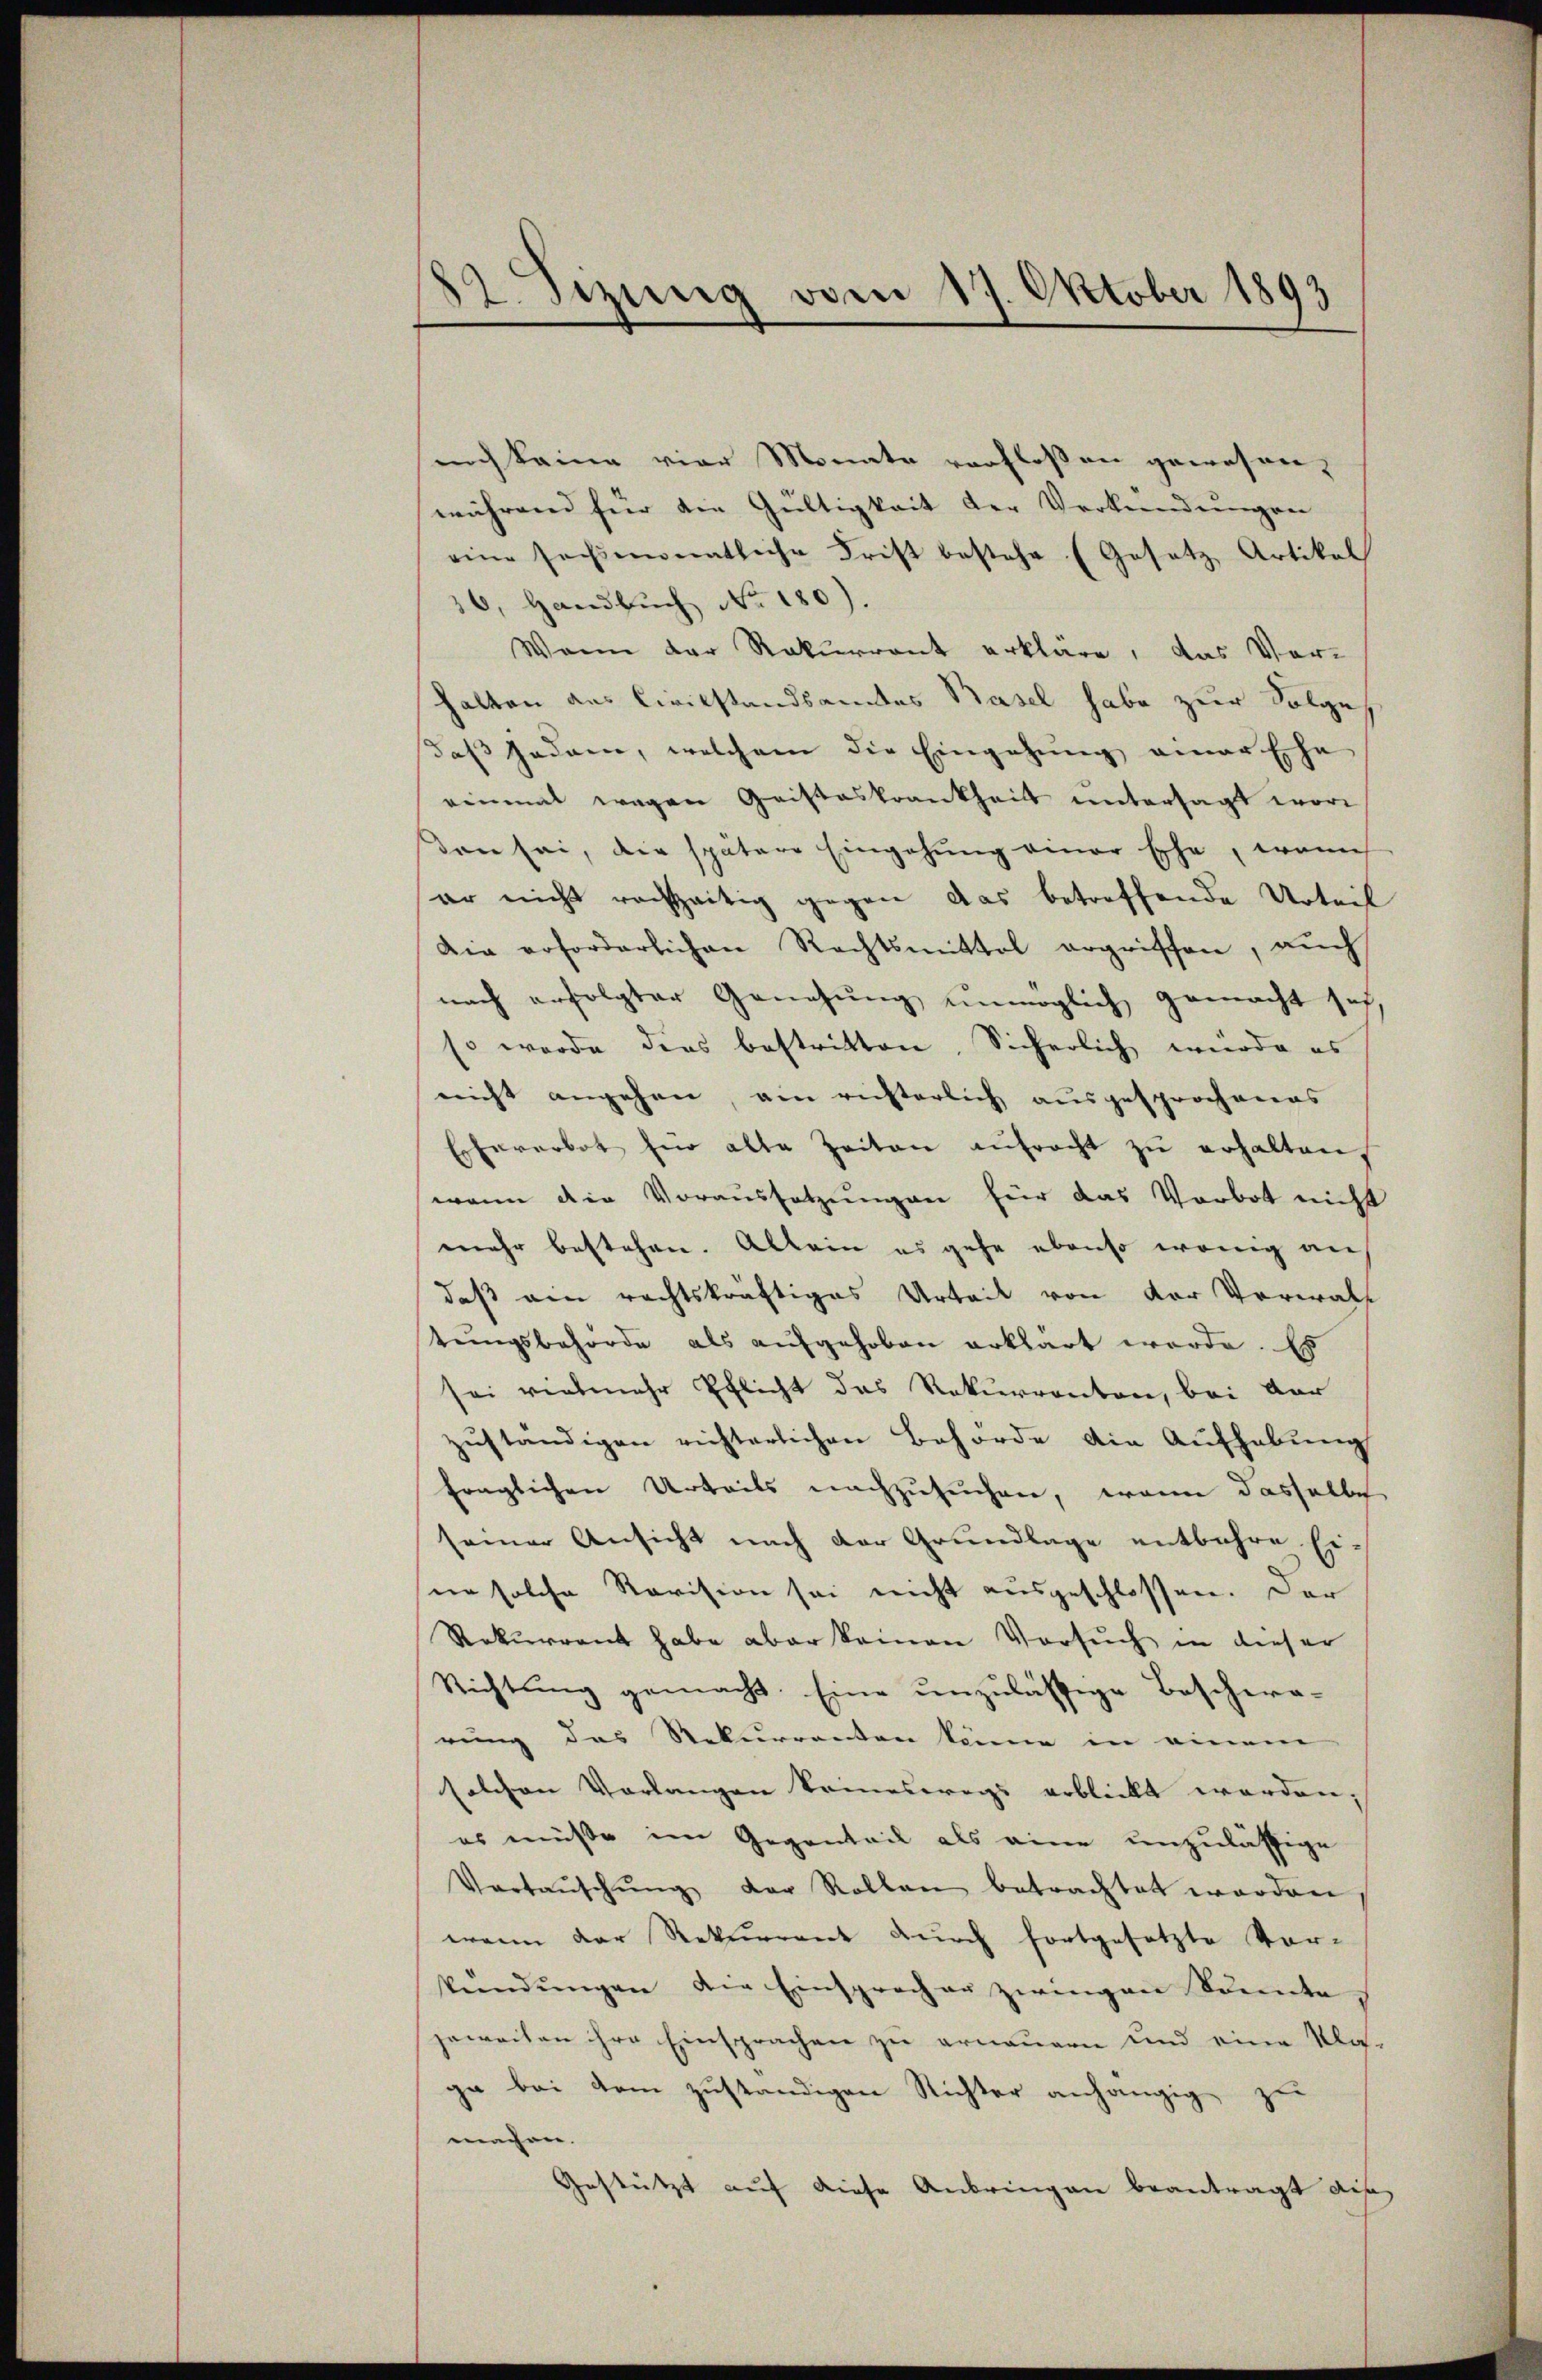
182. Sizung vom 17. Oktober 1893

noch keine vier Monate verfloßen gewesen,
während für die Gültigkeit der Verkündungen
eine sechsmonatliche Frist bestehe (Gesetz Artikel
36, Handbuch No. 180).
Wann der Rekurrent erkläre, das Ver-
halten aus Civilstandsamtes Basel habe zur Folge
daß jedem, welchem die Eingehung einer Ehe
einmal wegen Geisteskrankheit untersagt wor
βen sei, die spätere Eingehung einer Ehe, wenn
er nicht rechzeitig gegen das betreffende Urteil
Die erforderlichen Rechtsmittel ergriffen, auch
nach erfolgter Genehmig unmöglich gemacht sei,
so werde dies bestritten, Sicherlich würde es
nicht angehen, ein richterlich ausgesprochenes
Ehererbot für alte Zeiten anfracht zŭ erhalten,
wenn die Voraussetzungen für das Vorbot nicht
mehr bestehen. Allein es gehe ebenso wenig an
daß ein rechtskräftiges Urteil von der Verwalt
tŭngsbehörde als aŭfgehoben erklärt werde. Es
sei vielmehr Pflicht das Rekurrenten, bei dar
zŭständigen richterlichen Behörde die Aŭfhebŭng
fraglichen Urteils nachzusuchen, wenn dasselbe
seiner Ansicht nach der Grundlage entbehre Ei-
ne solche Revision sei nicht ausgeschlossen. Der
Rekurrent habe aber keinen Versuch in dieser
Richtung gemacht. Eine unzulässige Beschera-
rung das Rekurrenten könne in einem
solchen Vorlangen keineswegs erblickt werden;
es müsse im Gegenteil als eine unzulässige
Vortaŭschŭng der Rollen betrachtet worden
wenn der Rekurrent durch fortgesetzte Vor-
spendŭngen der Einspracher zwingen Sonnte,
jeweiten ihre Einsprachen zu erneuern und eine Kla-
ga bei dem zuständigen Richter anhängig zu
machen.
Gestützt auf diese Anbringen beantragt dis